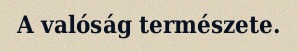
A valóság természete.